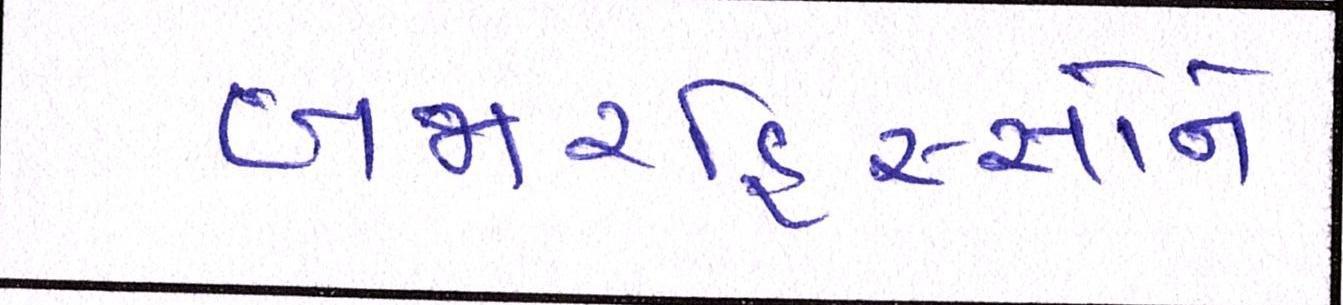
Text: બજારહિસ્સાને